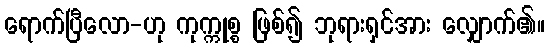
ရောက်ပြီလော-ဟု ကုက္ကုစ္စ ဖြစ်၍ ဘုရားရှင်အား လျှောက်၏။